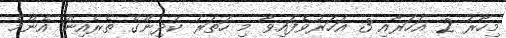
މިހާރު 2 އަހަރާއި 3 އަހަރުވެފައިވާ މި ހަތަރު ކުދިންގެ ތެރެއިން އެންމެ